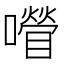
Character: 𡂚